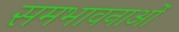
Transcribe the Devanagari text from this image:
समभावनाओं